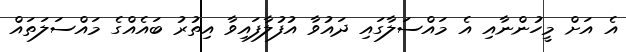
އެ އަށް މީހުންނާއި އެ މައްސަލާގައި ދައުވާ އުފުލާފައިވާ އިތުރު ބައެއްގެ މައްސަލަތައް